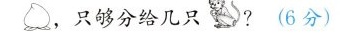
桃，只够分给几只猴?(6分)